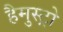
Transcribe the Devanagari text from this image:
हैमुस्ट्रो